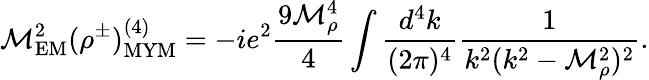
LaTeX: \mathcal{M}_{\mathrm{{EM}}}^{2}(\rho^{\pm})_{\mathrm{{MYM}}}^{(4)}=-ie^{2}\frac{{9\mathcal{M}_{\rho}^{4}}}{{4}}\int\frac{{d^{4}k}}{{(2\pi)^{4}}}\frac{{1}}{{k^{2}(k^{2}-\mathcal{M}_{\rho}^{2})^{2}}}.